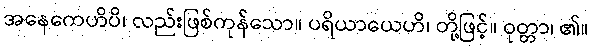
အနေကေဟိပိ၊ လည်းဖြစ်ကုန်သော။ ပရိယာယေဟိ၊ တို့ဖြင့်။ ဝုတ္တာ၊ ၏။